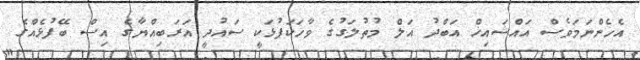
އެހެންނަމަވެސް އައްޝައިޚް އަބްދު އަލް މުތުލަގުގެ ވާހަކަފުޅަކީ ސައުދީ އަރަބިއްޔާގެ އިސް ބޭފުޅެއްގެ